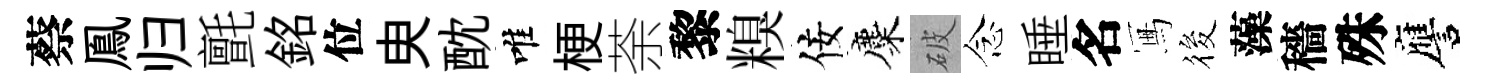
蔡鳯归氈銘位㬰酖唯梗荼黎糗佞麋破念睡名冩筱藻穡殊譍